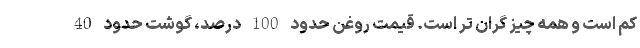
کم است و همه چیز گران تر است. قیمت روغن حدود 100 درصد، گوشت حدود 40